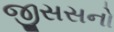
જીસસનો